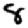
Digit: 8